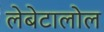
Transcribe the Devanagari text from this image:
लेबेटालोल